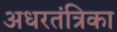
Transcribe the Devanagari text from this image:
अधरतंत्रिका